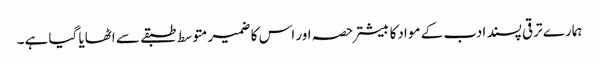
ہمارے ترقی پسند ادب کے موادکا بیشتر حصہ اور اس کا ضمیر متوسط طبقے سے اٹھایا گیا ہے۔